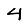
Digit: 4